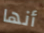
أنها